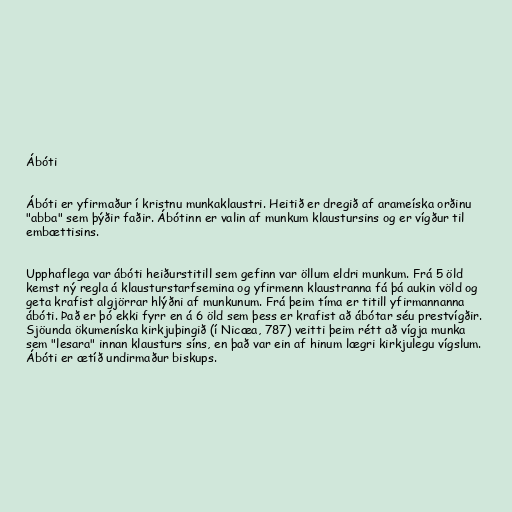
Ábóti

Ábóti er yfirmaður í kristnu munkaklaustri. Heitið er dregið af arameíska orðinu
"abba" sem þýðir faðir. Ábótinn er valin af munkum klaustursins og er vígður til
embættisins.

Upphaflega var ábóti heiðurstitill sem gefinn var öllum eldri munkum. Frá 5 öld
kemst ný regla á klausturstarfsemina og yfirmenn klaustranna fá þá aukin völd og
geta krafist algjörrar hlýðni af munkunum. Frá þeim tíma er titill yfirmannanna
ábóti. Það er þó ekki fyrr en á 6 öld sem þess er krafist að ábótar séu prestvígðir.
Sjöunda ökumeníska kirkjuþingið (í Nicæa, 787) veitti þeim rétt að vígja munka
sem "lesara" innan klausturs síns, en það var ein af hinum lægri kirkjulegu vígslum.
Ábóti er ætíð undirmaður biskups.